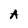
Character: A